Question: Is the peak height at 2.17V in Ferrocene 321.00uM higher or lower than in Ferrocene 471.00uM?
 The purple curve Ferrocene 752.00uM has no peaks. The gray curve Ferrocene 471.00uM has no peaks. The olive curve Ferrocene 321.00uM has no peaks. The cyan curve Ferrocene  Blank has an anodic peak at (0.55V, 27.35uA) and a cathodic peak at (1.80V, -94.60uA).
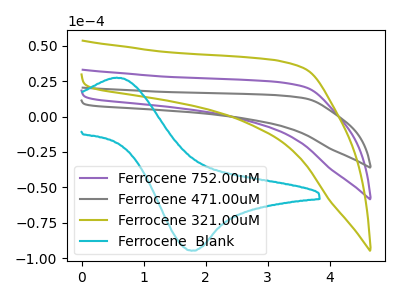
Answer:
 <answer>"Ferrocene 321.00uM" and "Ferrocene 471.00uM" dont share a peak at 2.17V.</answer>
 <eval>mismatch</eval>